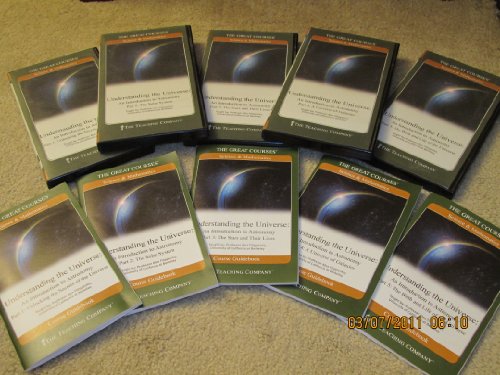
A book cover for Understanding the Universe: An Introduction to Astronomy Parts 1-5 (Great Courses); Science & Math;